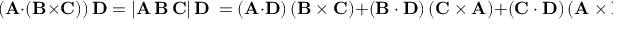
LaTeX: \! ( \mathbf { A } \cdot ( \mathbf { B } \times \mathbf { C } ) ) \, \mathbf { D } = | \mathbf { A } \, \mathbf { B } \, \mathbf { C } | \, \mathbf { D } \ = ( \mathbf { A } \cdot \mathbf { D } ) \left( \mathbf { B } \times \mathbf { C } \right) + \left( \mathbf { B } \cdot \mathbf { D } \right) \left( \mathbf { C } \times \mathbf { A } \right) + \left( \mathbf { C } \cdot \mathbf { D } \right) \left( \mathbf { A } \times \mathbf { B } \right)